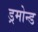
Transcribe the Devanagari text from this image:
ड्रमोन्ड